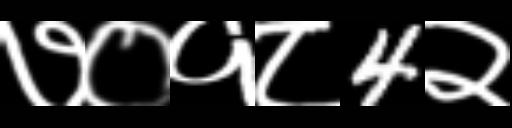
Text: ७०१८4२